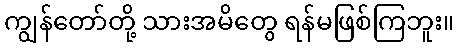
ကျွန်တော်တို့ သားအမိတွေ ရန်မဖြစ်ကြဘူး။